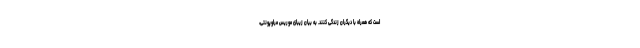
است که همراه با دیگران زندگی کنند. به بیانِ زیبای موریس مرلوپونتی،